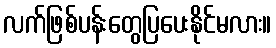
လက်ဖြစ်ပန်းတွေပြပေးနိုင်မလား။